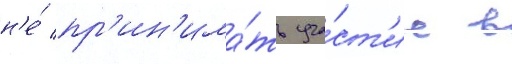
н'е́ пр'ин'има́ть уча́ст'ие в